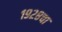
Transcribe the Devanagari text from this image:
१९२८चा